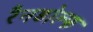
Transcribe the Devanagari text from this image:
रैनडोल्फ